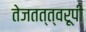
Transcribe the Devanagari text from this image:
तेजतत्त्वरूपी